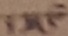
Text: 1µF